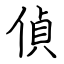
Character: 偵